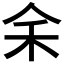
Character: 𪜱